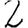
Digit: 2